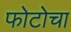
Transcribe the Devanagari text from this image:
फोटोचा